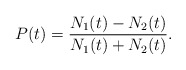
\begin{align*}P(t)=\frac{N_{1}(t)-N_{2}(t)}{N_{1}(t)+N_{2}(t)}. \end{align*}